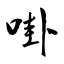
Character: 啩